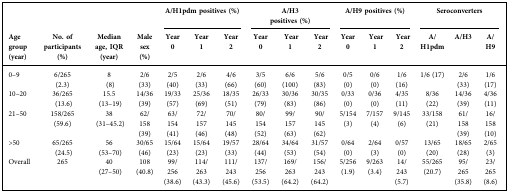
<table><thead><tr><td></td><td></td><td></td><td></td><td colspan="3"><b>A/H1pdm positives (%)</b></td><td colspan="3"><b>A/H3 positives(%)</b></td><td colspan="3"><b>A/H9 positives (%)</b></td><td colspan="3"><b>Seroconverters</b></td></tr><tr><td><b>Age group (year)</b></td><td><b>No. of participants(%)</b></td><td><b>Median age, IQR (year)</b></td><td><b>Male sex (%)</b></td><td><b>Year 0</b></td><td><b>Year 1</b></td><td><b>Year 2</b></td><td><b>Year 0</b></td><td><b>Year 1</b></td><td><b>Year 2</b></td><td><b>Year 0</b></td><td><b>Year 1</b></td><td><b>Year 2</b></td><td><b>A/H1pdm</b></td><td><b>A/H3</b></td><td><b>A/H9</b></td></tr></thead><tbody><tr><td>0–9</td><td>6/265(2.3)</td><td>8(8)</td><td>2/6 (33)</td><td>2/5 (40)</td><td>2/6 (33)</td><td>4/6 (66)</td><td>3/5 (60)</td><td>6/6 (100)</td><td>5/6 (83)</td><td>0/5 (0)</td><td>0/6 (0)</td><td>1/6 (16)</td><td>1/6 (17)</td><td>2/6 (33)</td><td>1/6 (17)</td></tr><tr><td>10–20</td><td>36/265(13.6)</td><td>15.5(13–19)</td><td>14/36 (39)</td><td>19/33 (57)</td><td>25/36 (69)</td><td>18/35 (51)</td><td>26/33 (79)</td><td>30/36 (83)</td><td>30/35 (86)</td><td>0/33 (0)</td><td>0/36 (0)</td><td>4/35 (11)</td><td>8/36 (22)</td><td>14/36 (39)</td><td>4/36 (11)</td></tr><tr><td>21–50</td><td>158/265(59.6)</td><td>38(31–45.2)</td><td>62/158 (39)</td><td>63/154 (41)</td><td>72/157 (46)</td><td>70/145 (48)</td><td>80/154 (52)</td><td>99/157 (63)</td><td>90/145 (62)</td><td>5/154 (3)</td><td>7/157 (4)</td><td>9/145 (6)</td><td>33/158 (21)</td><td>61/158 (39)</td><td>16/158 (10)</td></tr><tr><td>&gt;50</td><td>65/265(24.5)</td><td>56(53–70)</td><td>30/65 (46)</td><td>15/64 (23)</td><td>15/64 (23)</td><td>19/57 (33)</td><td>28/64 (44)</td><td>34/64 (53)</td><td>31/57 (54)</td><td>0/64 (0)</td><td>2/64 (3)</td><td>0/57 (0)</td><td>13/65 (20)</td><td>18/65 (28)</td><td>2/65 (3)</td></tr><tr><td>Overall</td><td>265</td><td>40(27–50)</td><td>108 (40.8)</td><td>99/256 (38.6)</td><td>114/263 (43.3)</td><td>111/243 (45.6)</td><td>137/256 (53.5)</td><td>169/263 (64.2)</td><td>156/243 (64.2)</td><td>5/256 (1.9)</td><td>9/263 (3.4)</td><td>14/243 (5.7)</td><td>55/265 (20.7)</td><td>95/265 (35.8)</td><td>23/265 (8.6)</td></tr></tbody></table>